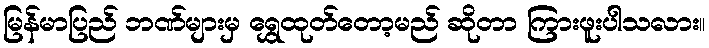
မြန်မာပြည် ဘဏ်များမှ ရွှေထုတ်တော့မည် ဆိုတာ ကြားဖူးပါသလား။